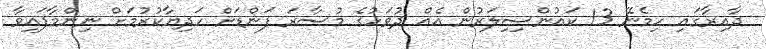
ދާއިރާގައި ހިމެނޭ 13 ކައުންސިިލަރުން އެއް ދުވަހުގެ މުސާރަ ފަންޑަށް ހަދިޔާކުރުމަށް ނިންމާފައިވާ